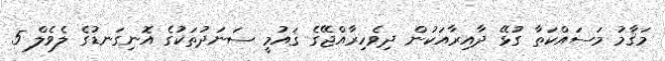
މަޤާމު މަސައްކަތާ ގުޅޭ ދާއިރާއަކުން ދިވެހިރާއްޖޭގެ ޤައުމީ ސަނަދުތަކުގެ އޮނިގަނޑުގެ ލެވެލް 5